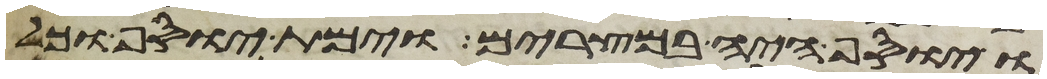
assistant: ויוסף היה במצרים וימת יוסף וכל